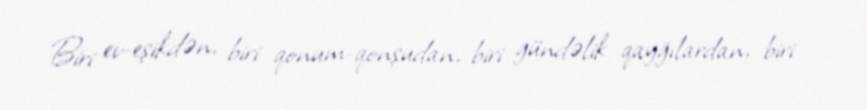
Biri ev-eşikdən, biri qonum-qonşudan, biri gündəlik qayğılardan, biri